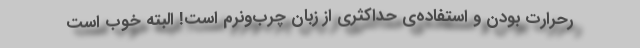
رحرارت بودن و استفاده‌ی حداکثری از زبانِ چرب‌ونرم است! البته خوب است